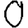
Digit: 0